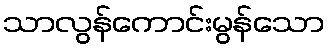
သာလွန်ကောင်းမွန်သော